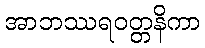
အာဘဿရဝတ္တနိကာ